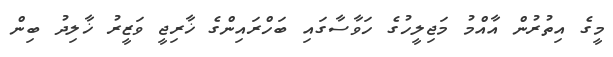
މީގެ އިތުރުން އާއްމު މަޖިލީހުގެ ހަވާސާގައި ބަހްރައިންގެ ޚާރިޖީ ވަޒީރު ޚާލިދު ބިން